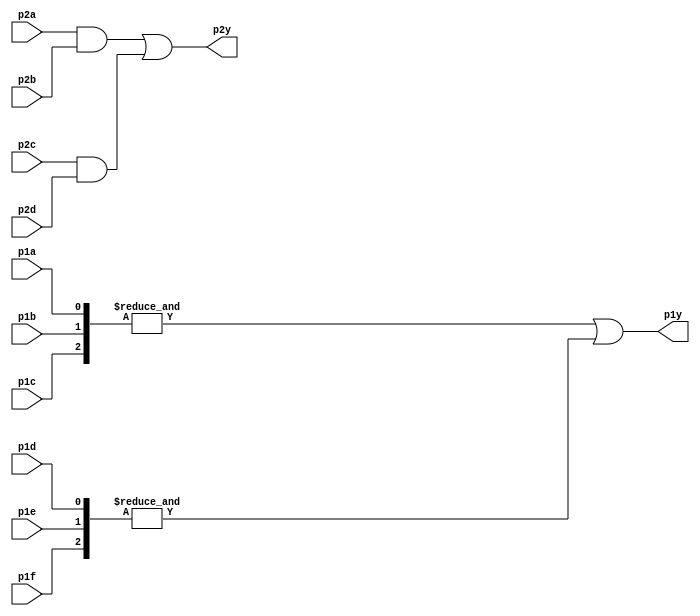
module top_module ( 
    input p1a, p1b, p1c, p1d, p1e, p1f,
    output p1y,
    input p2a, p2b, p2c, p2d,
    output p2y );
    
    wire a,b,c,d;
    
    assign a = p2a & p2b;
    assign b = p2c & p2d;
    assign c = &{p1a,p1b,p1c};
        assign d = &{p1d,p1e,p1f};
	assign p2y = a | b;
    assign p1y = c | d;

endmodule